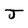
Character: J